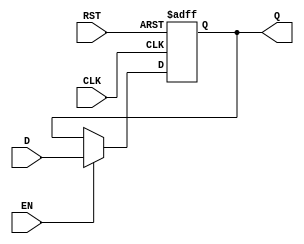
module BarrierRegister #(
    parameter WIDTH = 8  // Parameter to define the width of the data inputs/outputs
)(
    input  wire [WIDTH-1:0] D,   // Data inputs
    input  wire EN,               // Enable signal
    input  wire CLK,              // Clock signal
    input  wire RST,              // Asynchronous reset signal
    output reg  [WIDTH-1:0] Q     // Data outputs
);

    // Asynchronous reset and data latching on clock edge
    always @(posedge CLK or posedge RST) begin
        if (RST) begin
            Q <= {WIDTH{1'b0}};  // Clear the register to zero
        end else if (EN) begin
            Q <= D;              // Latch the input data when enabled
        end
        // If EN is low, Q retains its current value
    end

endmodule